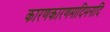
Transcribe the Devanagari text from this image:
कारणकारणमादिमनादिं